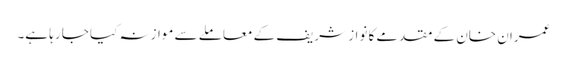
عمران خان کے مقدمے کا نواز شریف کے معاملے سے موازنہ کیا جا رہا ہے۔